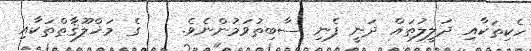
ހެކިތަކާއި ދަލީލުތައް ދަނީ ފެނި ސާބިތުވަމުންނެވެ.    ގެ މަޚްލޫޤާތްތަކާއި